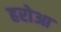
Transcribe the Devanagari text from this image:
हरोआ